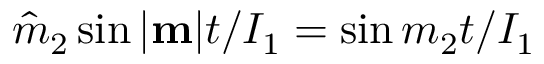
\hat { m } _ { 2 } \sin | { \bf m } | t / I _ { 1 } = \sin m _ { 2 } t / I _ { 1 }